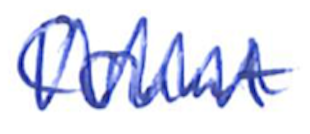
Text: Count
Cross-out: zig-zag
Writing tool: ballpoint